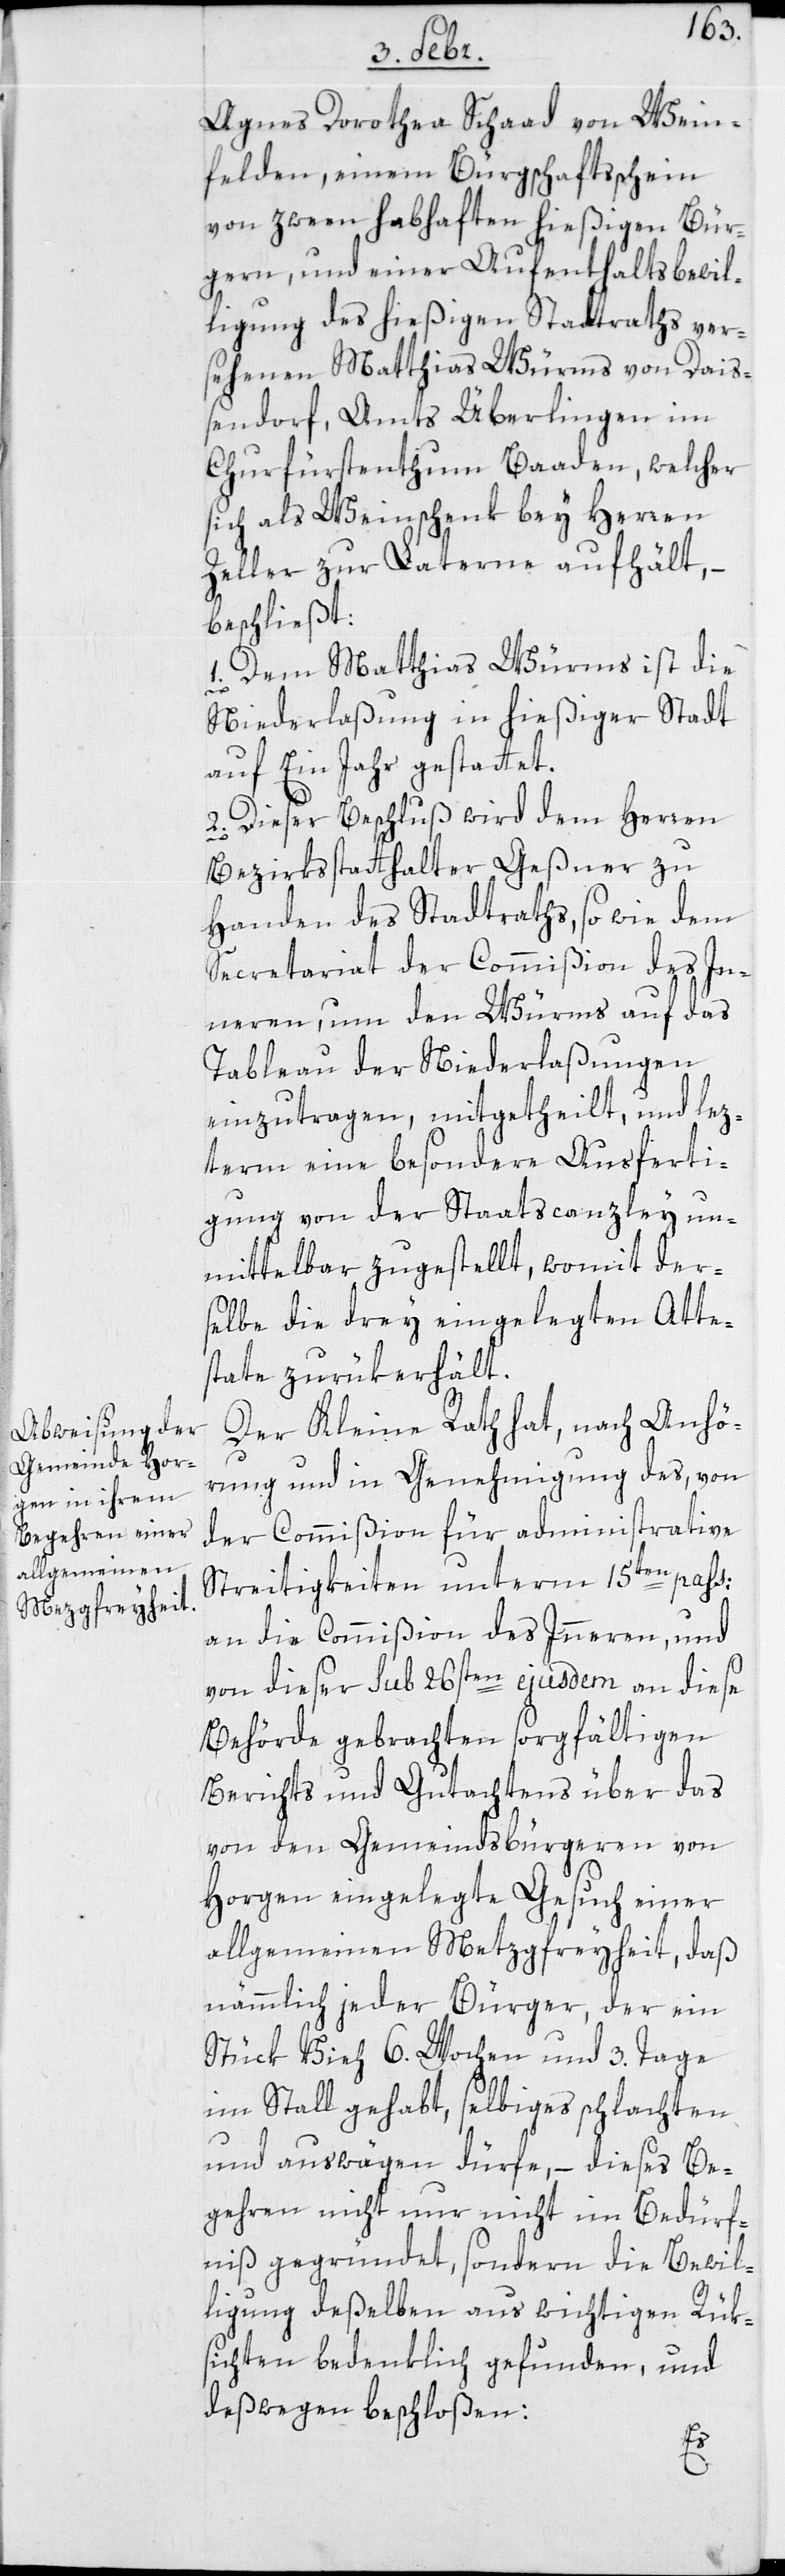
Agnes Dorothea Schaad von Wein¬
felden, einem Bürgschaftsschein
von zween habhaften hießigen Bür¬
gern, und einer Aufenthaltsbewil¬
ligung des hießigen Stadtraths ver¬
sehenen Matthias Würms von Dais¬
sendorf, Amts Überlingen im
Chrfürstenthum Baaden, welcher
sich als Weinschenk bey Herren
Zeller zur Laterne aufhält, –
beschließt:
1. Dem Matthias Würms ist die
Niederlaßung in hießiger Stadt
auf ein Jahr gestattet.
2. Dieser Beschluß wird dem Herren
Bezirksstatthalter Geßner zu
Handen des Stadtraths, sowie dem
Secretariat der Commißion des In¬
nern, um den Würms auf das
Tableau der Niederlaßungen
einzutragen, mitgetheilt, und lez¬
terem eine besondere Ausferti¬
gung von der Staatscanzley un¬
mittelbar zugestellt, womit der¬
selbe die drey eingelegten Atte¬
state zurük erhält.
Der Kleine Rath hat, nach Anhö¬
rung und in Genehmigung des, von
der Commißion für administrative
Streitigkeiten unterm 15ten pass:
an die Commißion des Innern, und
von dieser sub 26sten ejusdem an diese
Behörde gebrachten sorgfältigen
Berichts und Gutachtens über das
von den Gemeindsbürgeren von
Horgen eingelegte Gesuch einer
allgemeinen Metzgfreyheit, daß
nämmlich jeder Bürger, der ein
Stück Vieh 6 Wochen und 3 Tage
im Stall gehabt, selbiges schlachten
und auswägen dürfe, – dieses Be¬
gehren nicht nur nicht im Bedürf¬
niß gegründet, sondern die Bewil¬
ligung deßelben aus wichtigen Rük¬
sichten bedenklich gefunden, und
deßwegen beschloßen: